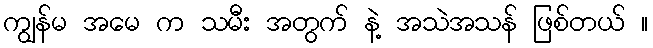
ကျွန်မ အမေ က သမီး အတွက် နဲ့ အသဲအသန် ဖြစ်တယ် ။